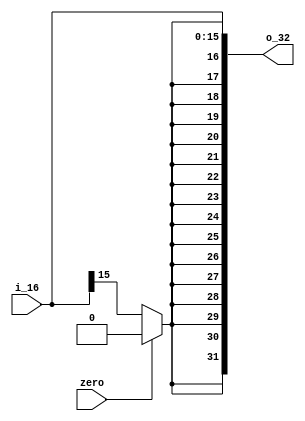
`timescale 1ns / 1ps
// or 
module Extension(zero, i_16, o_32);
	input zero;
	input[15:0] i_16;
	output[31:0] o_32;
	assign o_32 = {{16{zero ? 1'b0 : i_16[15]}},i_16};
endmodule